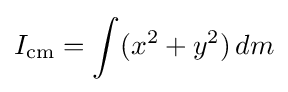
I_{\mathrm {cm} }=\int (x^{2}+y^{2})\,dm